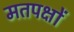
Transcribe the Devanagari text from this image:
मतपक्षों